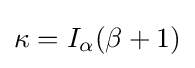
\kappa =I_{\alpha }(\beta +1)